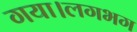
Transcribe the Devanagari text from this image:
गया।लगभग